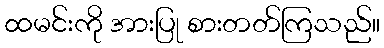
ထမင်းကို အားပြု စားတတ်ကြသည်။